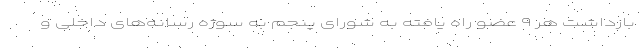
بازداشت هر ۹ عضو راه یافته به شورای پنجم به سوژه رسانه‌های داخلی و